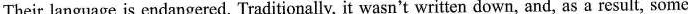
Their language is endangered. Traditionally, it wasn't written down, and, as a result, some